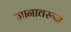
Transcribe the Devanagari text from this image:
ज्ञानावरून